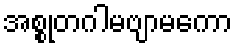
အစ္စုတဂါမဗျာမကော